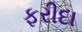
ફરીદા